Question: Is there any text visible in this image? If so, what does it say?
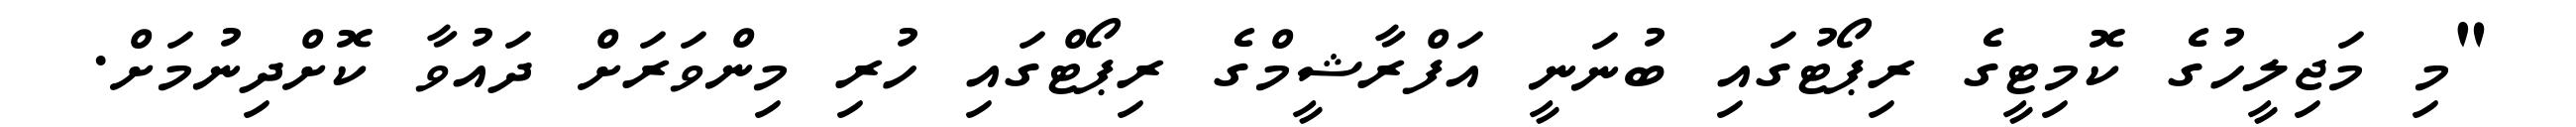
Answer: "މި މަޖިލީހުގެ ކޮމިޓީގެ ރިޕޯޓުގައި ބުނަނީ އަފްރާޝީމްގެ ރިޕޯޓްގައި ހުރި މިންވަރަށް ދައުވާ ކޮށްދިނުމަށް.